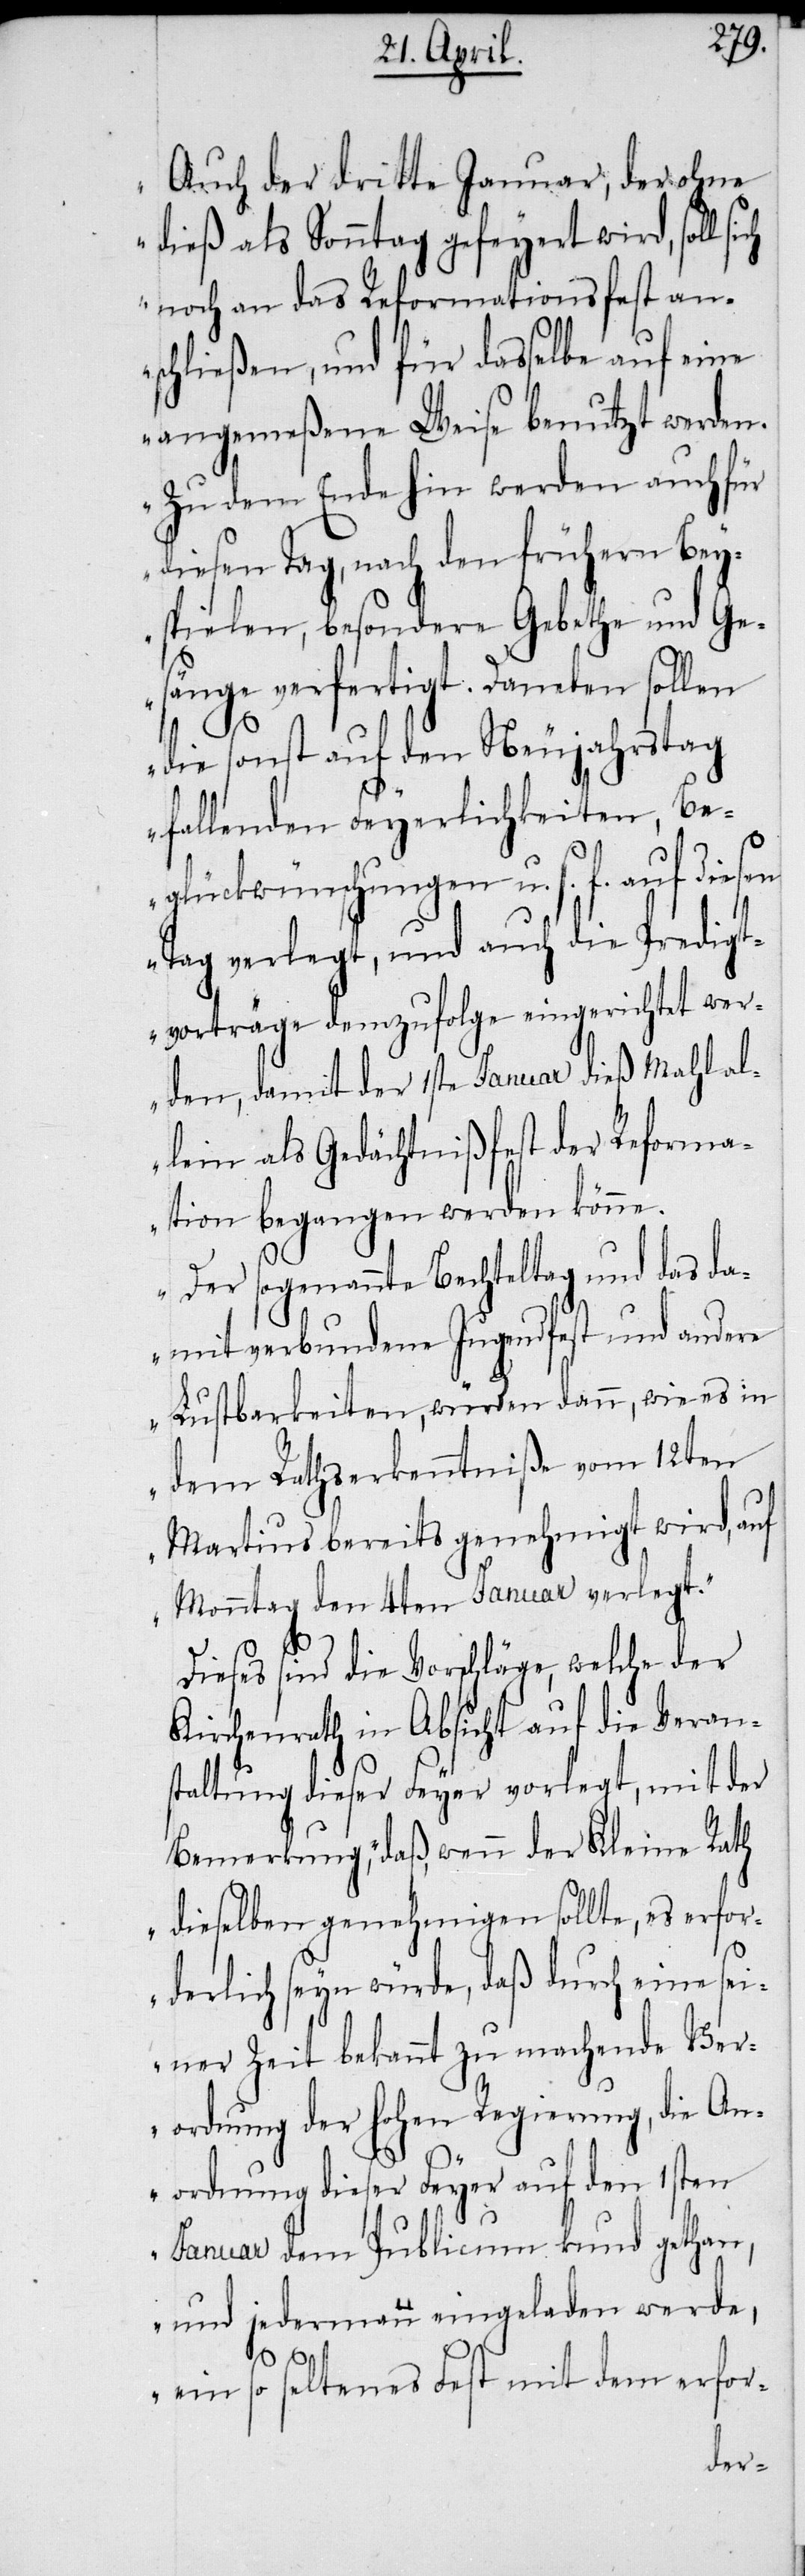
Auch der dritte Januar, der ohne
dieß als Sonntag gefeyert wird, soll
noch an das Reformationsfest an¬
schließen, und für dasselbe auf eine
angemeßene Weise benutzt werden.
Zu dem Ende hin werden auch für
diesen Tag, nach den frühern Bey¬
spielen, besondere Gebethe und Ge¬
sänge verfertigt. Daneben sollen
die sonst auf den Neujahrstag
fallenden Feyerlichkeiten, Be¬
glückwünschungen u. s. f. auf diesen
Tag verlegt, und auch die Predigt¬
vorträge demzufolge eingerichtet wer¬
den, damit der 1ste Januar dieß Mahl al¬
lein als Gedächtnißfest der Reforma¬
tion begangen werden könne.
Der sogenannte Bechteltag und das da¬
mit verbundene Jugendfest und andere
Lustbarkeiten, würden dann, wie es in
dem Rathserkenntniße vom 12ten
Martius bereits genehmigt wird, auf
Monntag den 4ten Januar verlegt.“
Dieses sind die Vorschläge, welche der
Kirchenrath in Absicht auf die Veran¬
staltung dieser Feyer vorlegt, mit der
Bemerkung, „daß, wenn der Kleine Rath
dieselben genehmigen sollte, es erfor¬
derlich seyn würde, daß durch eine sei¬
ner Zeit bekannt zu machende Ver¬
ordnung der hohen Regierung, die An¬
ordnung dieser Feyer auf den 1sten
Januar dem Publicum kund gethan,
und jedermann eingeladen werden,
ein so seltenes Fest mit dem erfor-